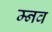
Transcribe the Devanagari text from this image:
म्नव